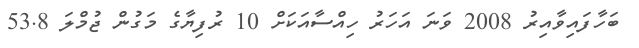
ބަހާފައިވާއިރު 2008 ވަނަ އަހަރު ހިއްސާއަކަށް 10 ރުފިޔާގެ މަގުން ޖުމްލަ 53.8